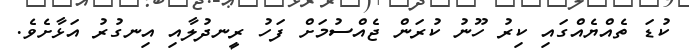
ކުޑަ ތެއްޔެއްގައި ކިރު ހޫނު ކުރަން ޖެއްސުމަށް ފަހު ރީނދުލާއި އިނގުރު އަޅާށެވެ.